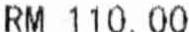
RM 110.00